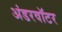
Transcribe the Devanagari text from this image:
अंडरवॉटर